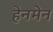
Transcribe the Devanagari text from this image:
हेनमेन